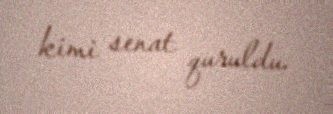
kimi senat quruldu.